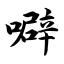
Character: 噼